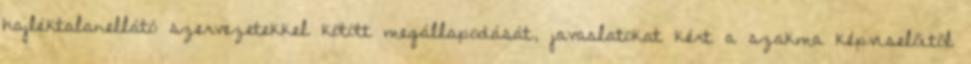
hajléktalanellátó szervezetekkel kötött megállapodását, javaslatokat kért a szakma képviselőitől